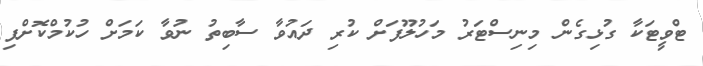
ޓްވީޓަކާ ގުޅިގެން މިނިސްޓަރު މަހުލޫފަށް ކުރި ދައުވާ ސާބިތު ނުވާ ކަމަށް ހުކުމްކޮށްފި